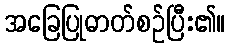
အခြေပြုဓာတ်စဉ်ပြီး၏။